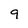
Character: 9